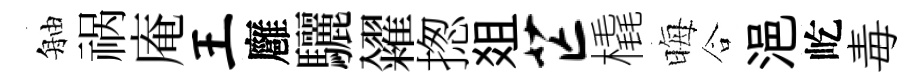
舳祸庵王廱驪糴揔爼芒橇晦合浥屹毒